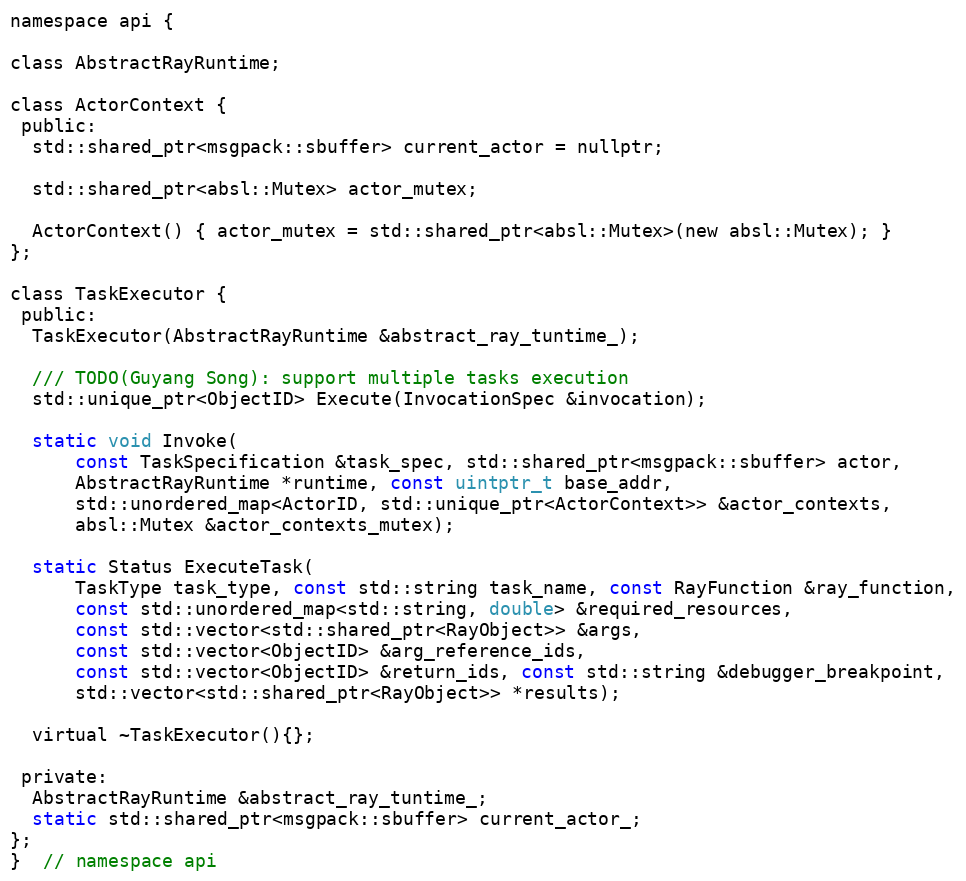
Language: C
namespace api {

class AbstractRayRuntime;

class ActorContext {
 public:
  std::shared_ptr<msgpack::sbuffer> current_actor = nullptr;

  std::shared_ptr<absl::Mutex> actor_mutex;

  ActorContext() { actor_mutex = std::shared_ptr<absl::Mutex>(new absl::Mutex); }
};

class TaskExecutor {
 public:
  TaskExecutor(AbstractRayRuntime &abstract_ray_tuntime_);

  /// TODO(Guyang Song): support multiple tasks execution
  std::unique_ptr<ObjectID> Execute(InvocationSpec &invocation);

  static void Invoke(
      const TaskSpecification &task_spec, std::shared_ptr<msgpack::sbuffer> actor,
      AbstractRayRuntime *runtime, const uintptr_t base_addr,
      std::unordered_map<ActorID, std::unique_ptr<ActorContext>> &actor_contexts,
      absl::Mutex &actor_contexts_mutex);

  static Status ExecuteTask(
      TaskType task_type, const std::string task_name, const RayFunction &ray_function,
      const std::unordered_map<std::string, double> &required_resources,
      const std::vector<std::shared_ptr<RayObject>> &args,
      const std::vector<ObjectID> &arg_reference_ids,
      const std::vector<ObjectID> &return_ids, const std::string &debugger_breakpoint,
      std::vector<std::shared_ptr<RayObject>> *results);

  virtual ~TaskExecutor(){};

 private:
  AbstractRayRuntime &abstract_ray_tuntime_;
  static std::shared_ptr<msgpack::sbuffer> current_actor_;
};
}  // namespace api